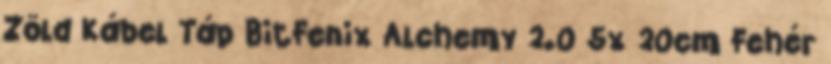
Zöld Kábel Táp BitFenix Alchemy 2.0 5x 20cm Fehér